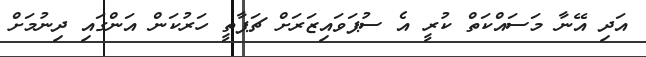
އަދި އޭނާ މަސައްކަތް ކުރީ އެ ސުޕަވައިޒަރަށް ޗަޕާތީ ހަރުކަން އަންގައި ދިނުމަށް